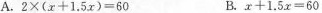
A.$$2 \times ( x + 1 . 5 x ) = 6 0$$